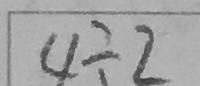
4 \div 2